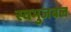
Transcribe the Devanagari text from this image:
स्वभुजबल